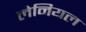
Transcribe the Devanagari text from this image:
लेनियल